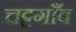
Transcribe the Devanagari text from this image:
चट्टगाँव